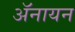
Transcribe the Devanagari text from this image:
ॲनायन